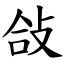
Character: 敆